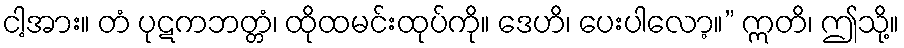
ငါ့အား။ တံ ပုဋကဘတ္တံ၊ ထိုထမင်းထုပ်ကို။ ဒေဟိ၊ ပေးပါလော့။” ဣတိ၊ ဤသို့။